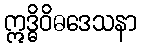
ဣဒ္ဓိဝိဓဒေသနာ